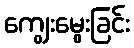
ကျွေးမွေးခြင်း